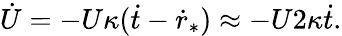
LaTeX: \dot{U}=-U\kappa(\dot{t}-\dot{r}_{*})\approx-U2\kappa\dot{t}.